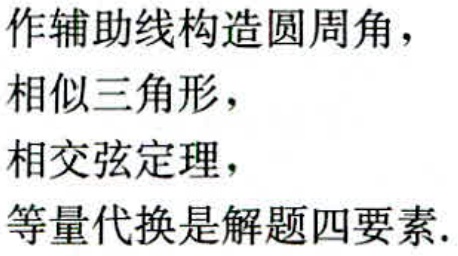
作辅助线构造圆周角，
相似三角形，
相交弦定理，
等量代换是解题四要素.